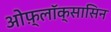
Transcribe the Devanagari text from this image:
ओफ़्लॉक्सासिन